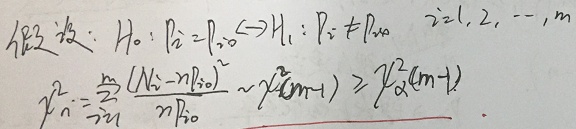
假设：\(H_0: p_{i}=p_{i0}\leftrightarrow H_1: p_{i}\neq p_{i0}\quad i = 1,2,\cdots,m\)
\[\begin{align*}
\chi^{2}_{n}&=\sum_{i = 1}^{m}\frac{(N_{i}-np_{i0})^{2}}{np_{i0}}\sim\chi^{2}(m - 1)\geq\chi^{2}_{\alpha}(m - 1)
\end{align*}\]